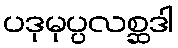
ပဒုမုပ္ပလစ္ဆဒါ